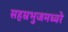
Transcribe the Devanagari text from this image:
सहस्रभुजमध्वरे